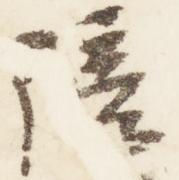
陪